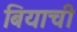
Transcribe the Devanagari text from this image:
बियाची